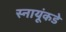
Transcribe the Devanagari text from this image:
स्नायूंकडे